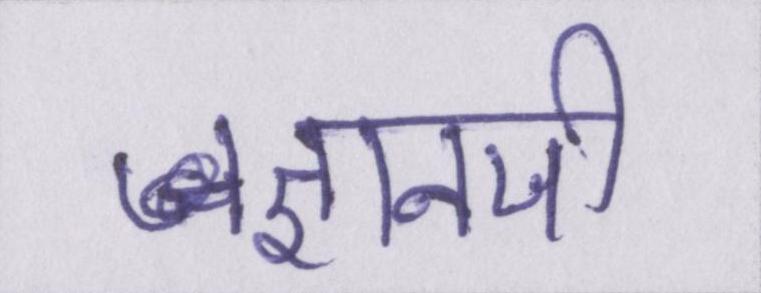
ज्ञानजी